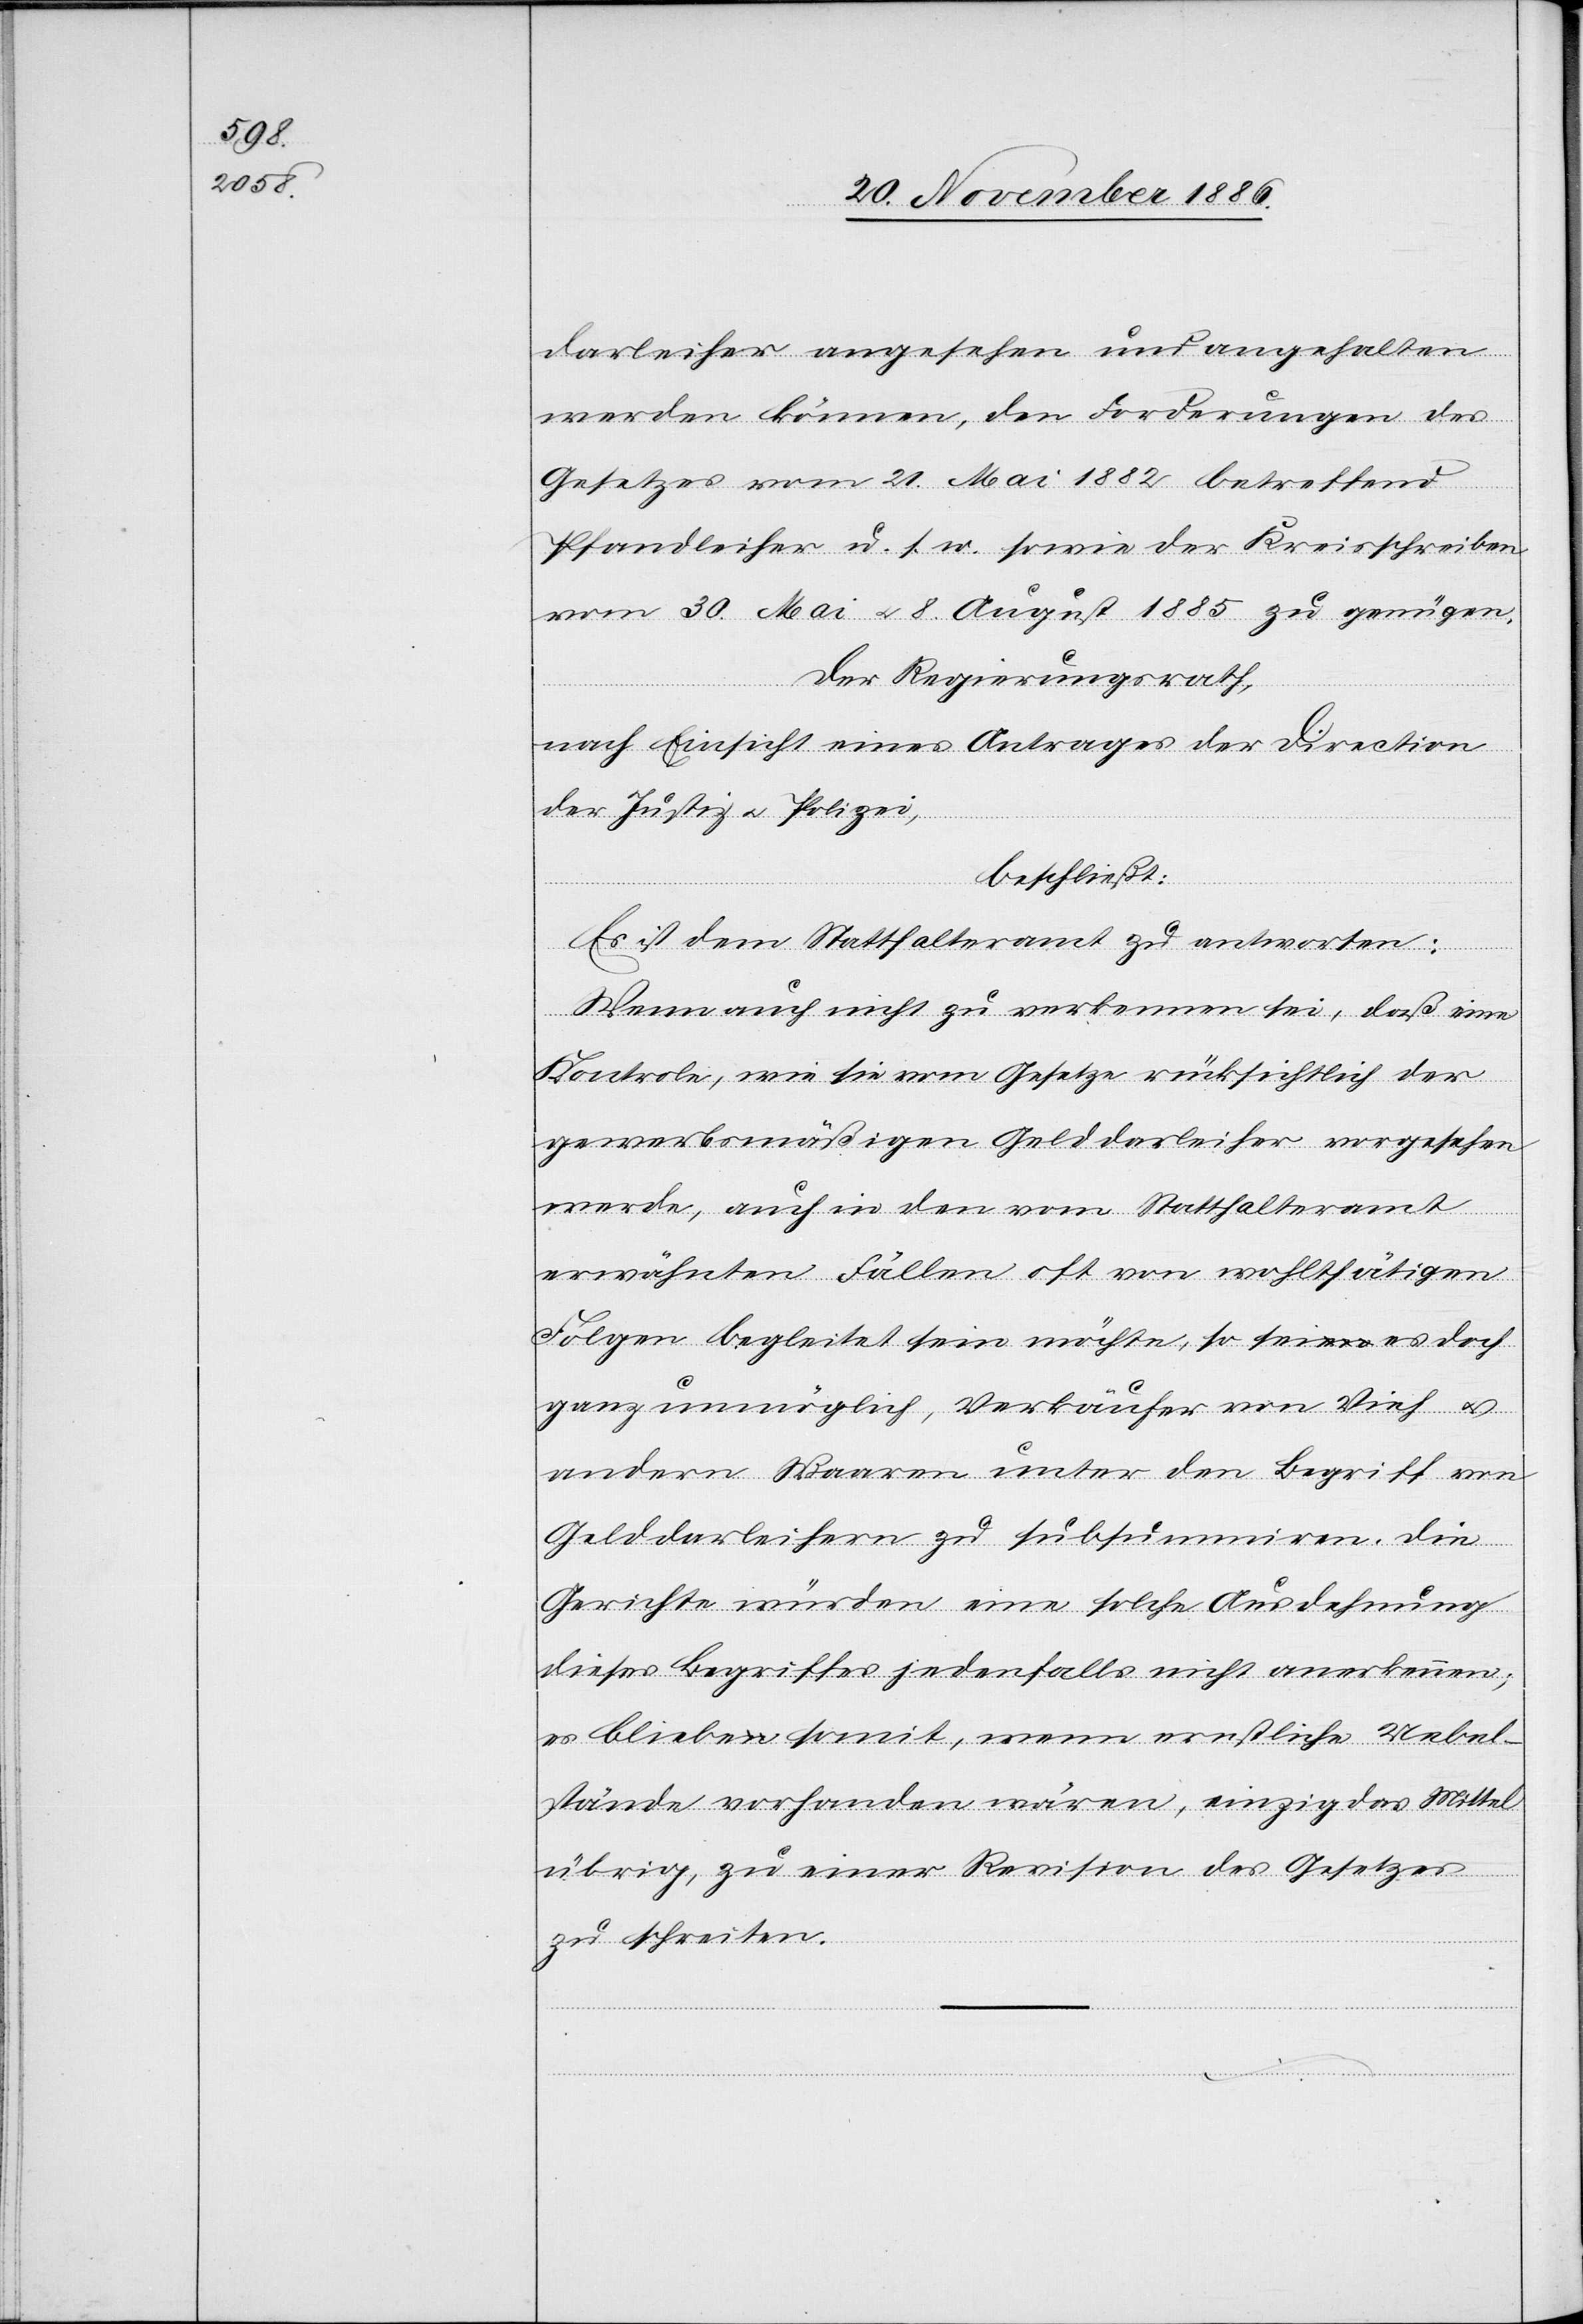
darleiher angesehen und angehalten
werden können, den Forderungen des
Gesetzes vom 21. Mai 1882 betreffend
Pfandleiher u. s. w. sowie der Kreisschreiben
vom 30. Mai & 8. August 1885 zu genügen.
Der Regierungsrath,
nach Einsicht eines Antrages der Direction
der Justiz & Polizei,
beschließt:
Es ist dem Statthalteramt zu antworten:
Wenn auch nicht zu verkennen sei, daß eine
Kontrole, wie sie vom Gesetze rücksichtlich der
gewerbsmäßigen Gelddarleiher vorgesehen
werde, auch in den vom Statthalteramt
erwähnten Fällen oft von wohlthätigen
Folgen begleitet sein möchte, so sei es doch
ganz unmöglich, Verkäufer von Vieh &
andern Waaren unter den Begriff von
Gelddarleihern zu subsummiren. Die
Gerichte würden eine solche Ausdehnung
dieses Begriffes jedenfalls nicht anerkennen;
es bliebe somit, wenn ernstliche Uebel¬
stände vorhanden wären, einzig das Mittel
übrig, zu einer Revision des Gesetzes
zu schreiten.